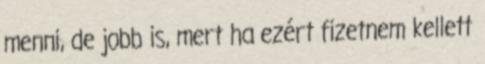
menni, de jobb is, mert ha ezért fizetnem kellett